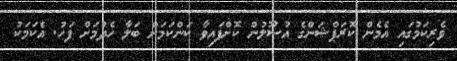
ވެރިކަމުގައި އެމެން ކޮރަޕްޝަންގެ އުސޫލުން ކޮށްފައިވާ ކަންކަމަށް ބަލާ ހެދުމަށް ފަހު. އެކަމަކު